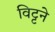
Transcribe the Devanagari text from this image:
विट्टने